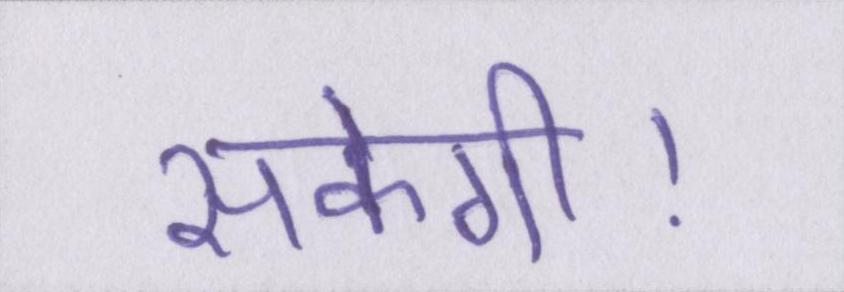
सकेगी।